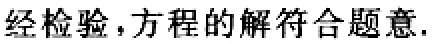
经检验，方程的解符合题意.